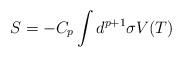
\begin{align*}S=-C_p\int d^{p+1}\sigma V(T)\end{align*}